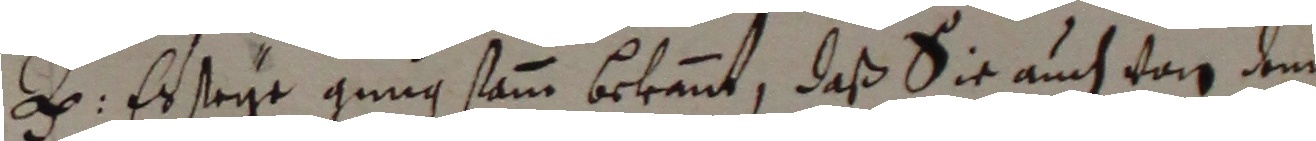
e. ersteie gung samm bekent, daß sie auch von um